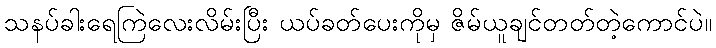
သနပ်ခါးရေကြဲလေးလိမ်းပြီး ယပ်ခတ်ပေးကိုမှ ဇိမ်ယူချင်တတ်တဲ့ကောင်ပဲ။